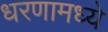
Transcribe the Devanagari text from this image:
धरणामध्ये